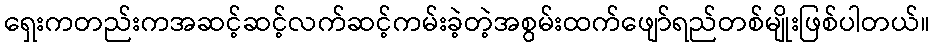
ရှေးကတည်းကအဆင့်ဆင့်လက်ဆင့်ကမ်းခဲ့တဲ့အစွမ်းထက်ဖျော်ရည်တစ်မျိုးဖြစ်ပါတယ်။